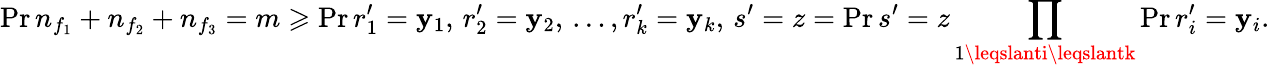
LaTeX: \operatorname*{Pr}{n_{f_{1}}+n_{f_{2}}+n_{f_{3}}=m}\geqslant\operatorname*{Pr}{r_{1}^{\prime}=\mathbf{y}_{1},\, r_{2}^{\prime}=\mathbf{y}_{2},\, \ldots,r_{k}^{\prime}=\mathbf{y}_{k},\, s^{\prime}=z}=\operatorname*{Pr}{s^{\prime}=z}\prod_{1\leqslanti\leqslantk}\operatorname*{Pr}{r_{i}^{\prime}=\mathbf{y}_{i}}.